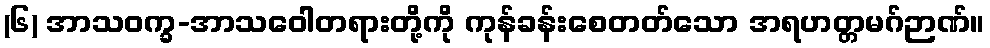
(၆) အာသဝက္ခ-အာသဝေါတရားတို့ကို ကုန်ခန်းစေတတ်သော အရဟတ္တမဂ်ဉာဏ်။